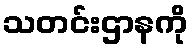
သတင်းဌာနကို